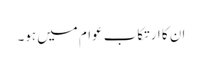
ان کا ارتکاب عوام میں ہو۔